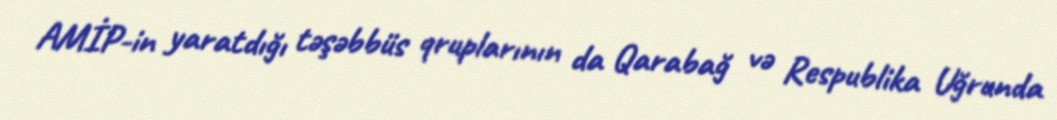
AMİP-in yaratdığı təşəbbüs qruplarının da Qarabağ və Respublika Uğrunda